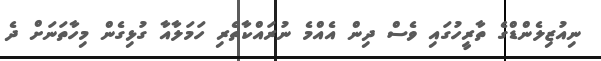
ނިއުޒިލެންޑްގެ ތާރީހުގައި ވެސް ދިން އެއްމެ ނުރައްކާތެރި ހަމަލާއާ ގުޅިގެން މިހާތަނަށް ދެ